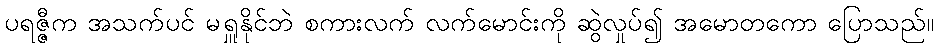
ပရဇ္ဇီက အသက်ပင် မရှူနိုင်ဘဲ စကားလက် လက်မောင်းကို ဆွဲလှုပ်၍ အမောတကော ပြောသည်။